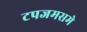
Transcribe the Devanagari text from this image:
टपजमसमे